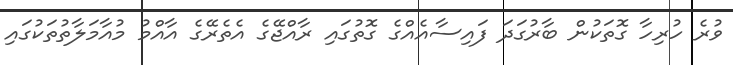
ވުރެ ހުރިހާ ގޮތަކުން ބާރުގަދަ ފައިސާއެއްގެ ގޮތުގައި ރާއްޖޭގެ އެތެރޭގެ އާއްމު މުއާމަލާތުތަކުގައި